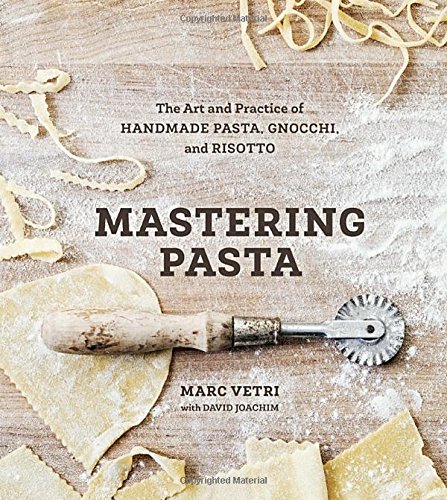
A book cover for Mastering Pasta: The Art and Practice of Handmade Pasta, Gnocchi, and Risotto; Marc Vetri; Cookbooks, Food & Wine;